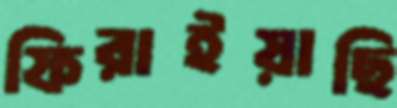
ফিরাইয়াছি